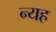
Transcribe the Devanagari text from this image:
न्यह